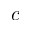
c